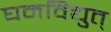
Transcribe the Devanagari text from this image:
घनविद्युत्